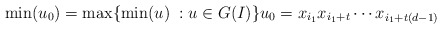
\begin{align*}\min(u_0)=\max\{\min(u)\; : u \in G(I)\} u_0=x_{i_1}x_{i_1+t}\cdots x_{i_1+t(d-1)}\end{align*}